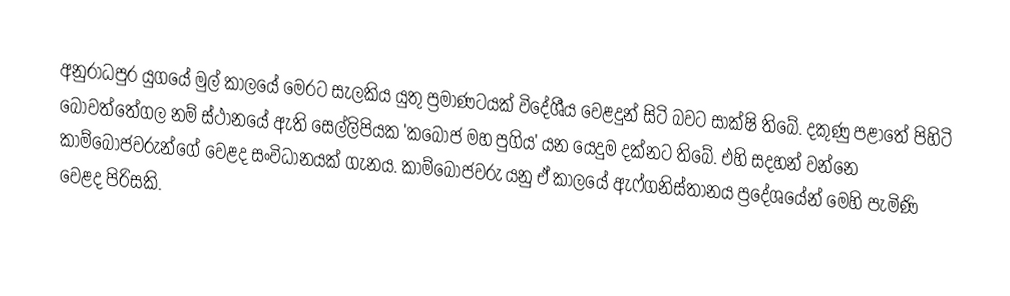
අනුරාධපුර යුගයේ මුල් කාලයේ මෙරට සැලකිය යුතු ප්‍රමාණටයක් විදේශීය වෙළදුන් සිටි බවට සාක්ෂි තිබේ. දකුණු පළාතේ පිහිටි බෝවත්තේගල නම් ස්ථානයේ ඇති සෙල්ලිපියක 'කබොජ මහ පුගිය' යන යෙදුම දක්නට තිබේ. එහි සදහන් වන්නෙ කාම්බෝජවරුන්ගේ වෙළද ස‍‍ංවිධානයක් ගැනය. කාම්බෝජවරු යනු ඒ කාලයේ ඇෆ්ගනිස්තානය ප්‍රදේශයේන් මෙහි පැමිණි වෙළද පිරිසකි.